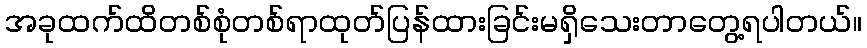
အခုထက်ထိတစ်စုံတစ်ရာထုတ်ပြန်ထားခြင်းမရှိသေးတာတွေ့ရပါတယ်။